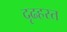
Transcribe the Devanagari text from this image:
दृढहस्त